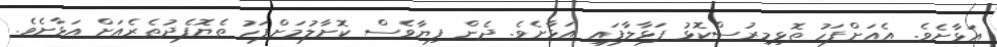
އަޅާށެވެ. އެއަށްފަހު ތޮޅިމިރުސްކޮޅު ފަޅާލާފައި އަޅާށެވެ. ދެން ފިޔާވެސް ކޮށާލުމަށްފަހު ތެޔޮފެދުތެރެއަށް އަޅާށެވެ.